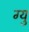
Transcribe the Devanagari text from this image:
ग्यु